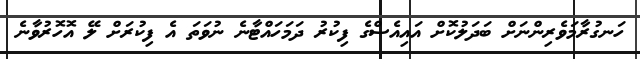
ހަނގުރާމަވެރިންނަށް ބަދަލުކޮށް އައިއެސްގެ ފިކުރު ދަމަހައްޓާނެ ނުވަތަ އެ ފިކުރަށް ލޭ އޮހޮރުވާނެ